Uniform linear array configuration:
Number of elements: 12
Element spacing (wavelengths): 1
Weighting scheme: blackman
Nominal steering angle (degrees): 30
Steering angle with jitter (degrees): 29.602
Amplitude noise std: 0.05
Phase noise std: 0.05

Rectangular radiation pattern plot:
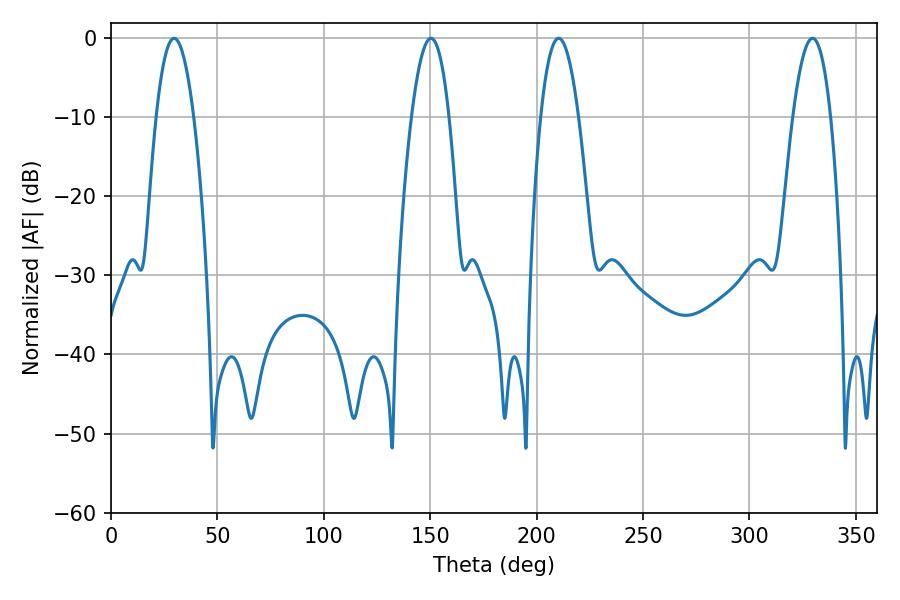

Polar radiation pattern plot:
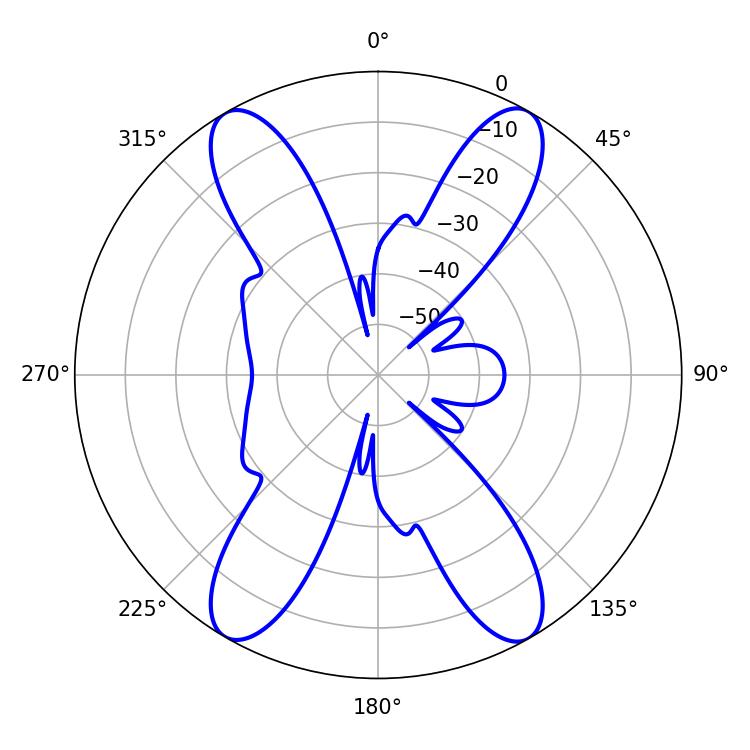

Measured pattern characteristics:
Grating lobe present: TRUE
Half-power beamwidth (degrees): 9.72
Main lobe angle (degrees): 150.3